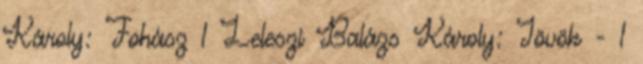
Károly: Fohász 1 Leleszi Balázs Károly: Jövök - 1